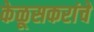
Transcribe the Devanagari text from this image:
केळूसकरांचे